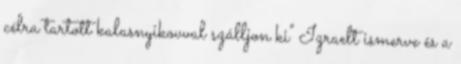
célra tartott kalasnyikovval szálljon ki" Izraelt ismerve és a